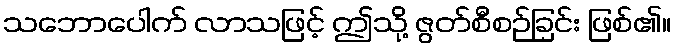
သဘောပေါက် လာသဖြင့် ဤသို့ ဇွတ်စီစဉ်ခြင်း ဖြစ်၏။